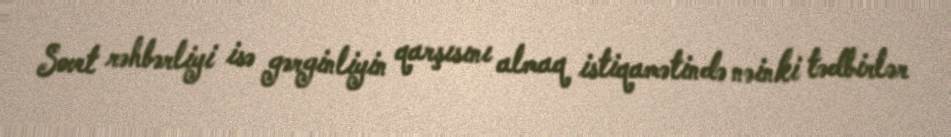
Sovet rəhbərliyi isə gərginliyin qarşısını almaq istiqamətində nəinki tədbirlər